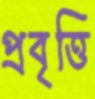
প্রবৃত্তি